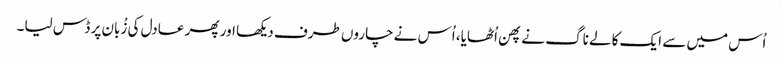
اُس میں سے ایک کالے ناگ نے پھن اُٹھایا، اُس نے چاروں طرف دیکھا اور پھر عادل کی زُبان پر ڈس لیا۔